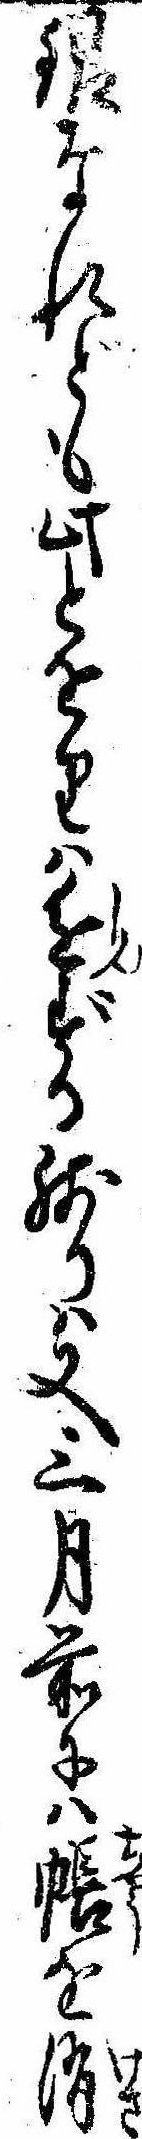
銀なれども此とをりは進ずる残りは又三月前には帳を消